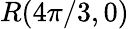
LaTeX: R(4\pi/3,0)